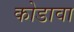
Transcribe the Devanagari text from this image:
कोडावा